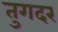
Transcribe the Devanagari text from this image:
तुगदर